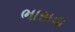
ભાસવા